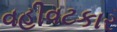
વહીવટકાર